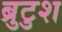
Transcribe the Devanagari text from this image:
ब्रुटुश